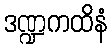
ဒဏ္ဍကထိနံ